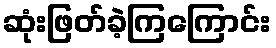
ဆုံးဖြတ်ခဲ့ကြကြောင်း